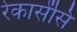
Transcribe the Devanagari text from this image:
रेकासेंसि